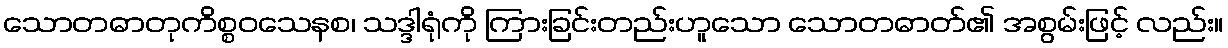
သောတဓာတုကိစ္စဝသေနစ၊ သဒ္ဒါရုံကို ကြားခြင်းတည်းဟူသော သောတဓာတ်၏ အစွမ်းဖြင့် လည်း။